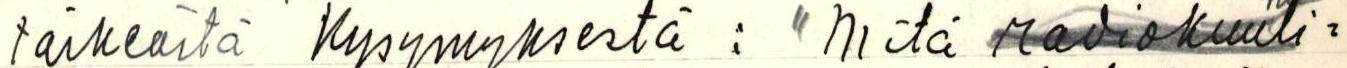
tärkeästä kysymyksestä : "Mitä radiokuuli=